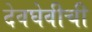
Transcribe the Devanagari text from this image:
देवघेवीची